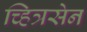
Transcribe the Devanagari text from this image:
च्हित्रसेन